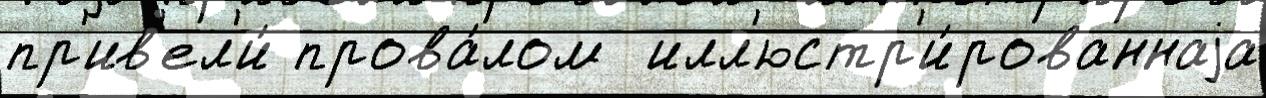
пр'ив'ел'и́ прова́лом  илл'юстр'и́рованнаjа